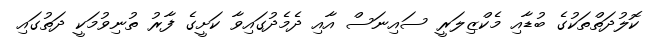
ކޮލުދަތްތަކުގެ ބުޑާއި މެކްޒިލަރީ ސައިނަސް އާއި ދެމެދުގައިވާ ކަށީގެ ފާރު ތުނިވުމަކީ ދަތުގައި